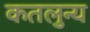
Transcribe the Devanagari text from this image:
कतलुन्य